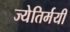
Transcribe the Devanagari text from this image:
ज्येतिर्मयी